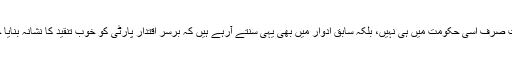
یہ بیانات صرف اسی حکومت میں ہی نہیں، بلکہ سابق ادوار میں بھی یہی سنتے آرہے ہیں کہ برسر اقتدار پارٹی کو خوب تنقید کا نشانہ بنایا جاتا ہے۔